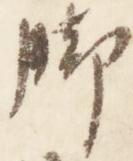
脚